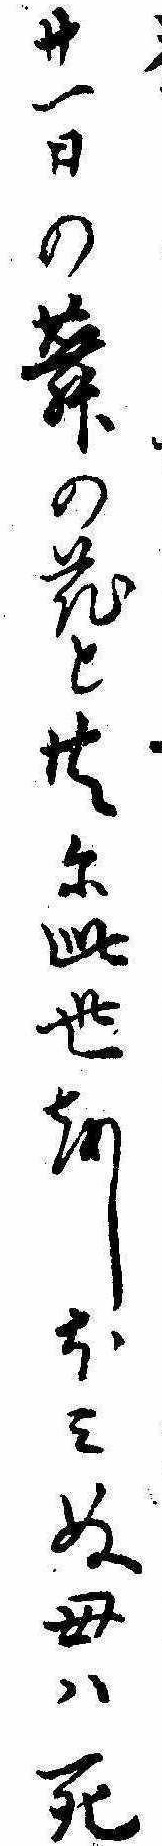
廿一日の蕣の花と共に此世をしほみぬ母は死